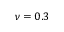
\nu = 0 . 3